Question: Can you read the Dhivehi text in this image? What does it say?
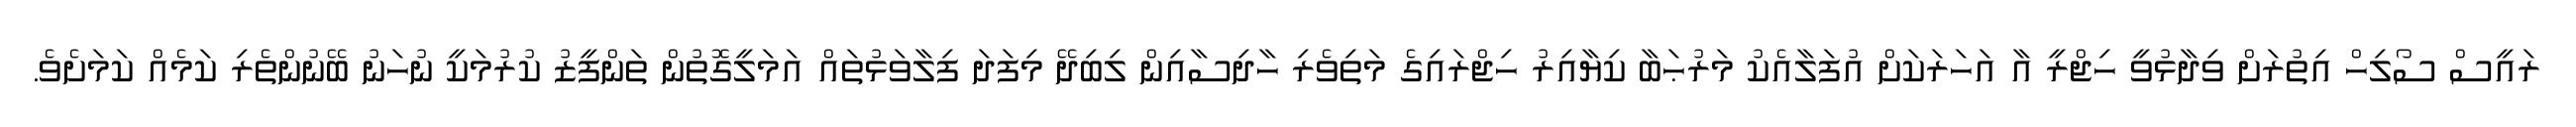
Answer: ރައީސް ސޯލިހް އިތުރަށް ވިދާޅުވީ ހިޖްރީ އާ އަހަރަކަށް އުފަލާއެކު މަރުޙަބާ ކިޔާއިރު ހިޖްރައިގެ މަތިވެރި ހާދިސާއިން ލިބިދޭ މިފަދަ ފިލާވަޅުތައް އަމަލީގޮތުން ތަންފީޒު ކުރުމަކީ ނުހަނު ބޭނުންތެރި ކަމެއް ކަމަށެވެ.